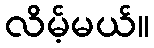
လိမ့်မယ်။